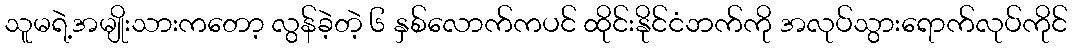
သူမရဲ့အမျိုးသားကတော့ လွန်ခဲ့တဲ့ ၆ နှစ်လောက်ကပင် ထိုင်းနိုင်ငံဘက်ကို အလုပ်သွားရောက်လုပ်ကိုင်